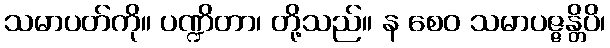
သမာပတ်ကို။ ပဏ္ဍိတာ၊ တို့သည်။ န စေဝ သမာပဇ္ဇန္တိပိ၊